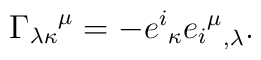
{\Gamma_{\lambda\kappa}}^\mu = - {e^i}_\kappa {{{e_i}^\mu}}_{,\lambda}.